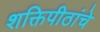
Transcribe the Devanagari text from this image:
शक्तिपीठांचे